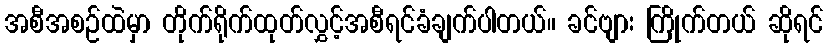
အစီအစဉ်ထဲမှာ တိုက်ရိုက်ထုတ်လွှင့်အစီရင်ခံချက်ပါတယ်။ ခင်ဗျား ကြိုက်တယ် ဆိုရင်